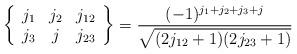
LaTeX: \begin{align*}\left\{\begin{array}[c]{ccc}j_{1} & j_{2} & j_{12}\\j_{3} & j & j_{23}\end{array}\right\} =\frac{(-1)^{j_{1}+j_{2}+j_{3}+j}}{\sqrt{(2j_{12}+1)(2j_{23}+1)}}\end{align*}